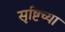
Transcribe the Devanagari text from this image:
सृष्टिच्या